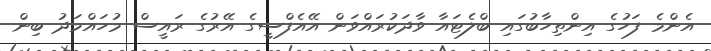
އެންމެ ފަހުގެ އިންތިހާބުގައި ބްލެޓައާ ވާދަކުރައްވަން އޭއެފްސީގެ އޭރުގެ ރައީސް މުހައްމަދު ބިން